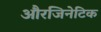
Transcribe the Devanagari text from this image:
औरजिनेटिक